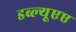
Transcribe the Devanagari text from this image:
डब्ल्यूएए